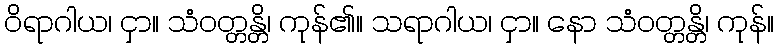
ဝိရာဂါယ၊ ငှာ။ သံဝတ္တန္တိ၊ ကုန်၏။ သရာဂါယ၊ ငှာ။ နော သံဝတ္တန္တိ၊ ကုန်။